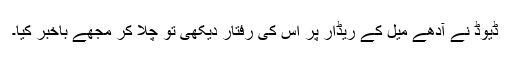
ڈیوڈ نے آدھے میل کے ریڈار پر اس کی رفتار دیکھی تو چلا کر مجھے باخبر کیا۔